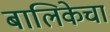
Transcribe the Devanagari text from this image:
बालिकेचा